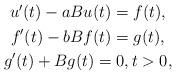
LaTeX: \begin{align*}\begin{gathered}u'(t)-aBu(t)=f(t), \\f'(t)-bBf(t)=g(t) , \\g'(t)+Bg(t)=0,t> 0,\end{gathered} \end{align*}